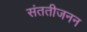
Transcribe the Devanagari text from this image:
संततीजनन